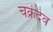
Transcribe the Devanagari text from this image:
चक्रंदेव